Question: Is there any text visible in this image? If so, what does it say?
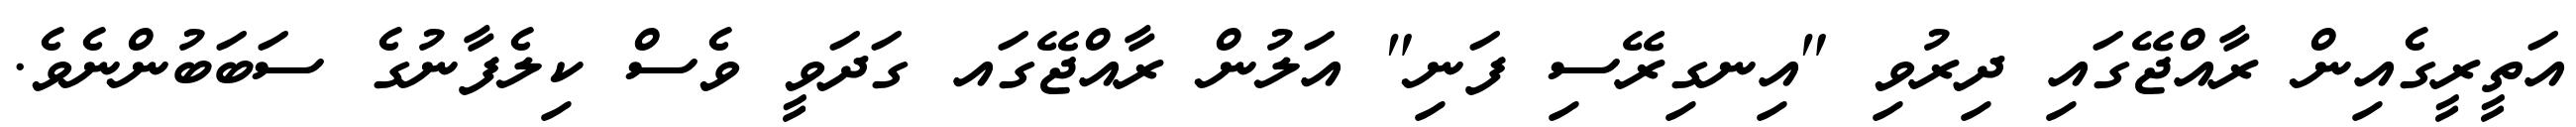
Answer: އަތީރީގެއިން ރާއްޖޭގައި ދިރުވި "އިނގިރޭސި ފަނި" އަލުން ރާއްޖޭގައ ގަދަވީ ވެސް ކިލެފާނުގެ ސަބަބުންނެވެ.